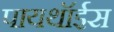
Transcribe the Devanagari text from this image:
पायथॉईस